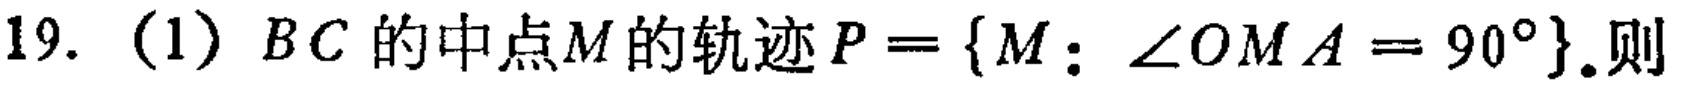
19. (1) \(BC\)的中点\(M\)的轨迹\(P = \{M:\angle OMA = 90^{\circ}\}\).则